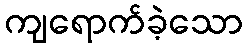
ကျရောက်ခဲ့သော